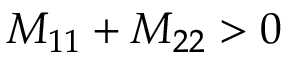
M _ { 1 1 } + M _ { 2 2 } > 0